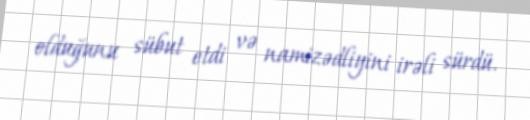
olduğunu sübut etdi və namizədliyini irəli sürdü.